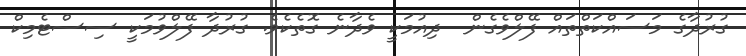
ގުރުދާގެ މަސައްކަތްތައް ފޭލްވެގެން  ދިއުމަކީ ވެދާނެ ގޮތެކެވެ. ގުރުދާ ފޭލްވުމަކީ ސިސްޓެމިކް